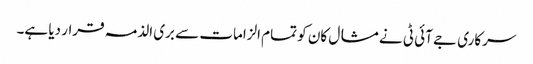
سرکاری جے آئی ٹی نے مشال کان کو تمام الزامات سے بری الذمہ قرار دیا ہے۔